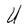
Character: U